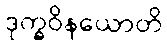
ဒုက္ခဝိနယောတိ